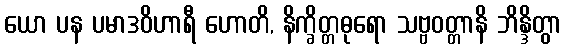
ယော ပန ပမာဒဝိဟာရီ ဟောတိ, နိက္ခိတ္တဓုရော သဗ္ဗဝတ္တာနိ ဘိန္ဒိတွာ